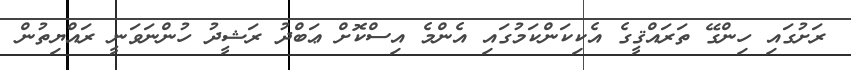
ރަށުގައި ހިންގޭ ތަރައްޤީގެ އެކިކަންކަމުގައި އެންމެ އިސްކޮށް ޢަބްދު ރަޝީދު ހުންނަވަނީ ރައްޔިތުން